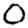
Digit: 0